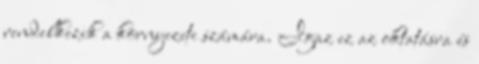
rendelkezik a környezete számára. Igaz ez az oktatásra és